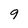
Character: 9